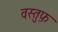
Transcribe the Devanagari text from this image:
वस्तुफ़